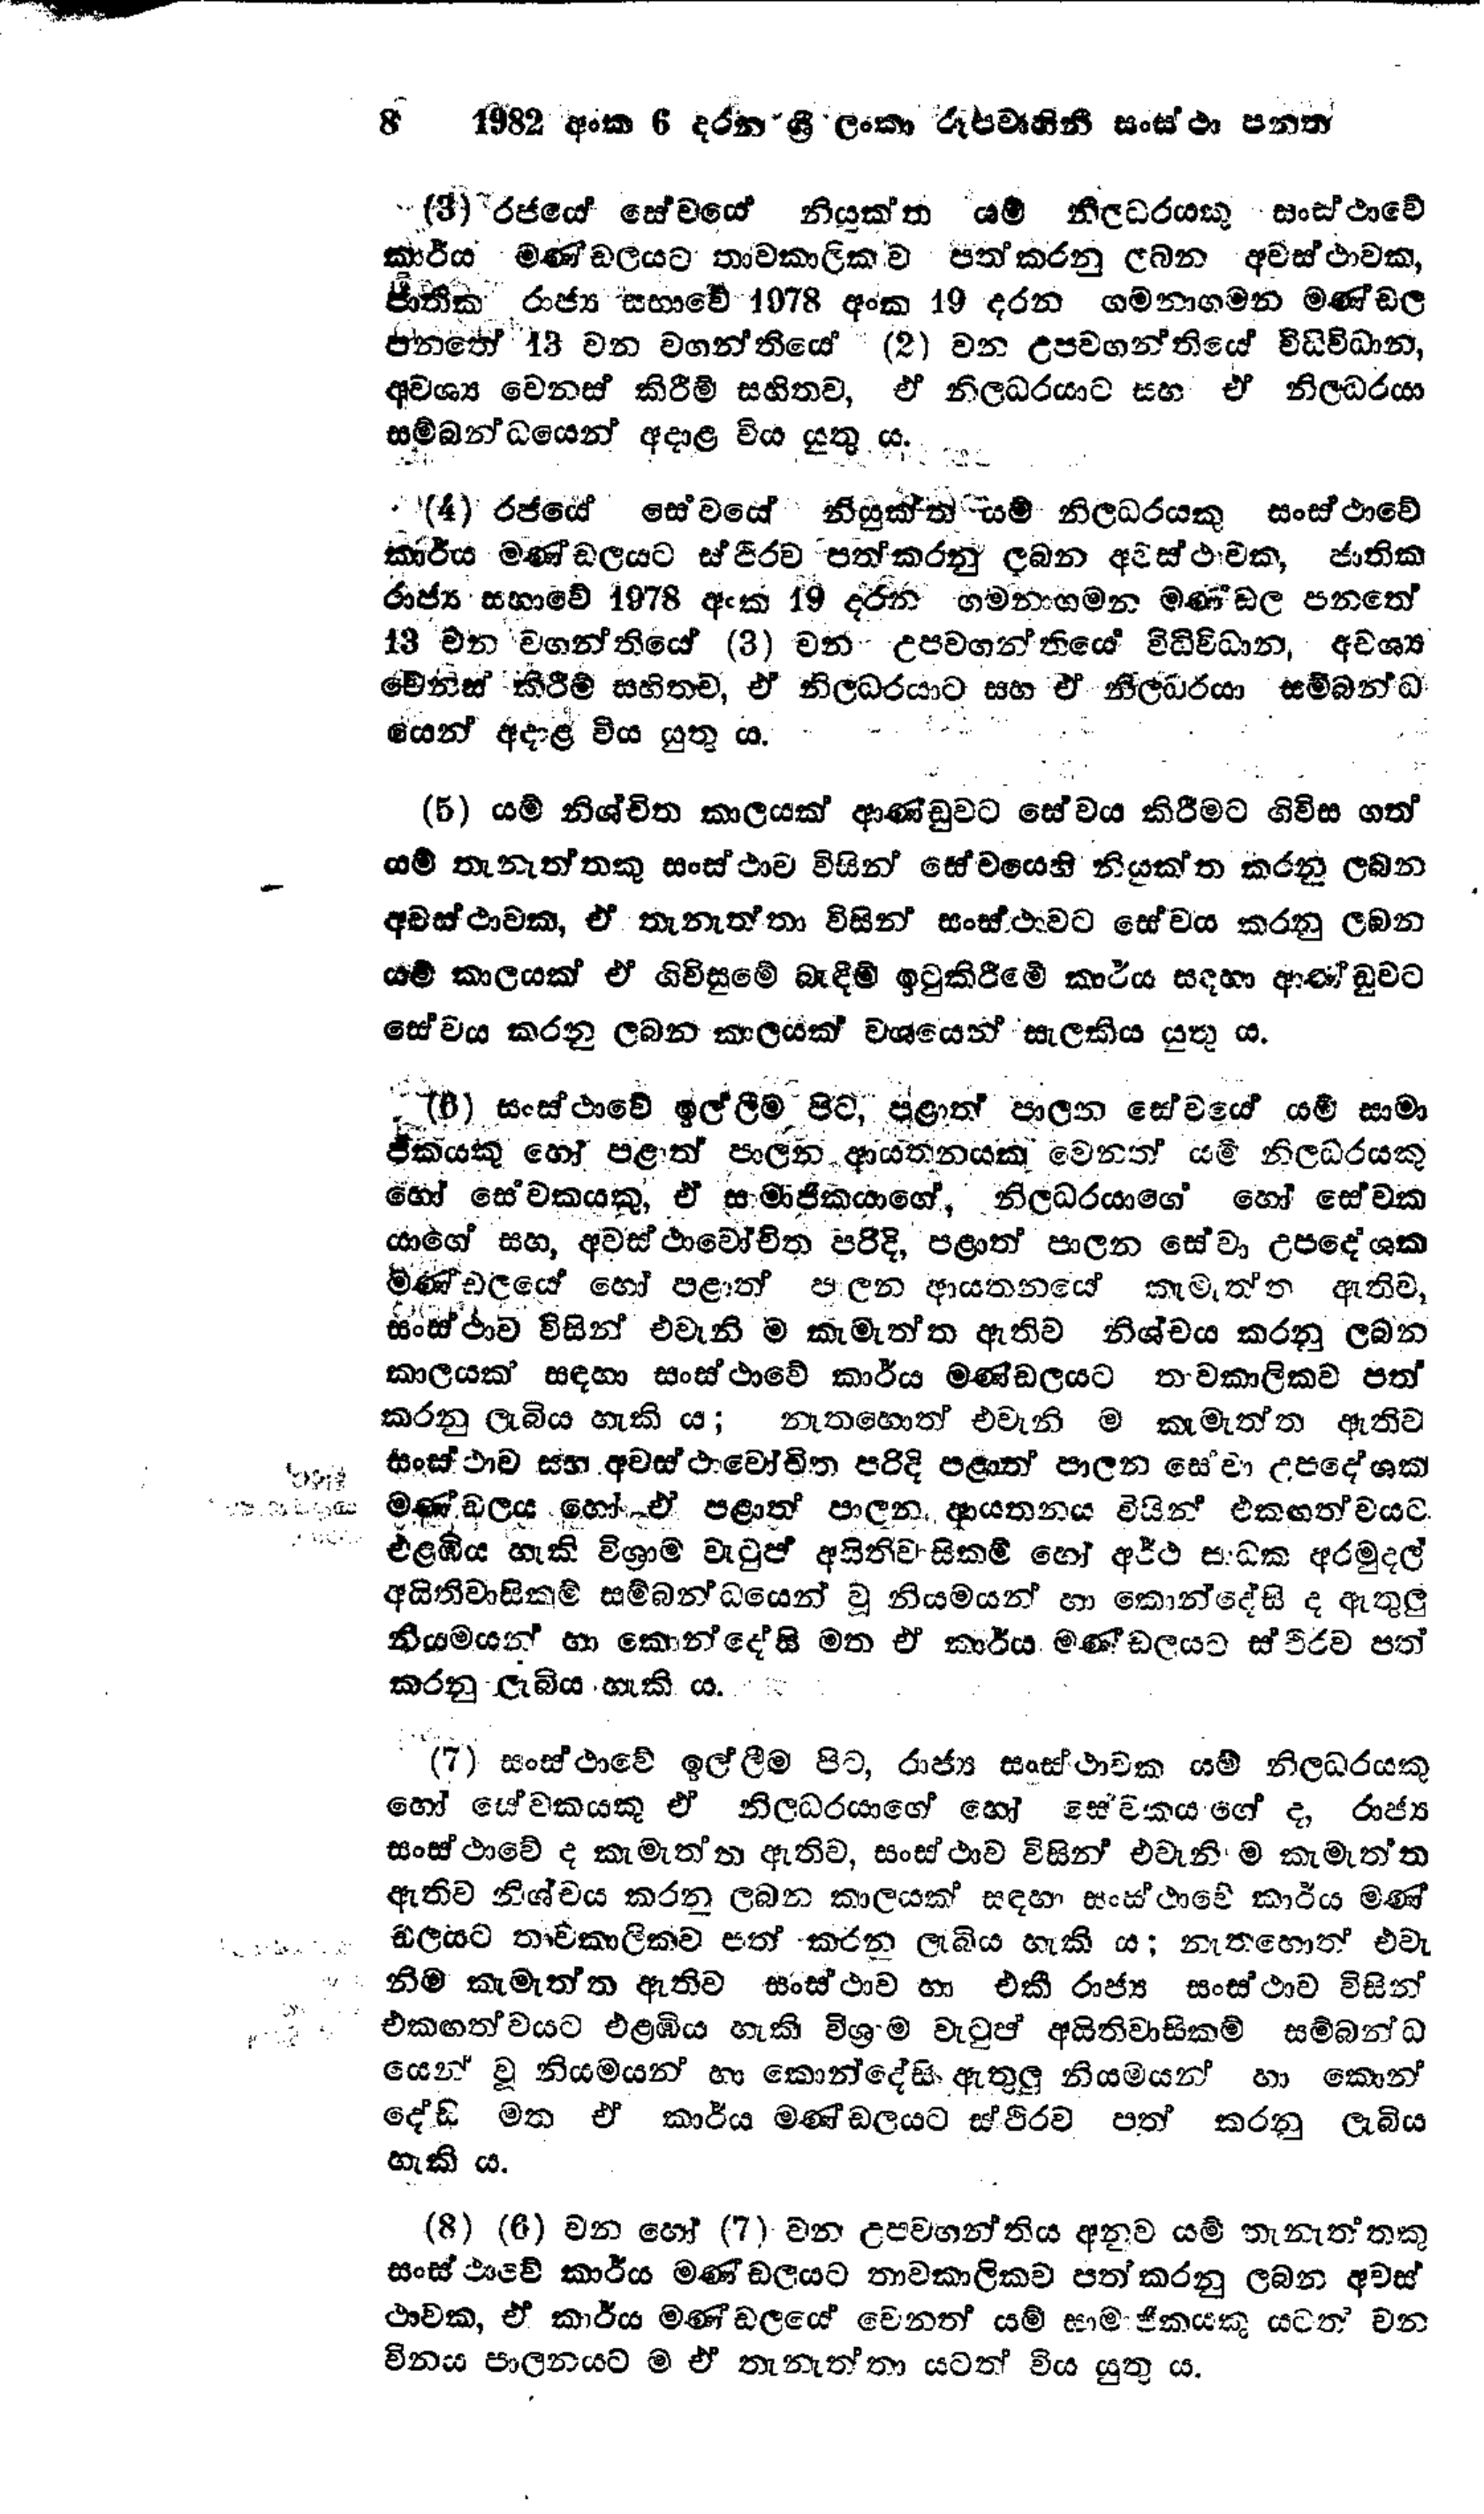
8 1982 අංක 6 දරන ශ්‍රී ලංකා රූපවාහිනී සංස්ථා පනත

(3) රජයේ සේවයේ නියුක්ත යම් නිලධරයකු සංස්ථාවේ
කාර්ය මණ්ඩලයට තාවකාලිකව පත් කරනු ලබන අවස්ථාවක,
ජාතික රාජ්‍ය සභාවේ 1978 අංක 19 දරන ගමනාගමන මණ්ඩල
පනතේ 13 වන වගන්තියේ (2) වන උපවගන්තියේ විධිවිධාන,
අවශ්‍ය වෙනස් කිරීම් සහිතව, ඒ නිලධරයාට සහ ඒ නිලධරයා
සම්බන්ධයෙන් අදාළ විය යුතු ය.

(4) රජයේ සේවයේ නියුක්ත යම් නිලධරයකු සංස්ථාවේ
කාර්ය මණ්ඩලයට ස්ථිරව පත්කරනු ලබන අවස්ථාවක, ජාතික
රාජ්‍ය සභාවේ 1978 අංක 19 දරන ගමනාගමන මණ්ඩල පනතේ
13 වන වගන්තියේ (3) වන උපවගන්තියේ විධිවිධාන, අවශ්‍ය
වෙනිස් කිරීම් සහිතව, ඒ නිලධරයාට සහ ඒ නිලධරයා සම්බන්ධ
යෙන් අදාළ විය යුතු ය.

(5) යම් නිශ්චිත කාලයක් ආණ්ඩුවට සේවය කිරීමට ගිවිස ගත්
යම් තැනැත්තකු සංස්ථාව විසින් සේවයෙහි නියුක්ත කරනු ලබන
අවස්ථාවක, ඒ තැනැත්තා විසින් සංස්ථාවට සේවය කරනු ලබන
යම් කාලයක් ඒ ගිවිසුමේ බැඳීම් ඉටුකිරීමේ කාර්ය සඳහා ආණ්ඩුවට
සේවය කරනු ලබන කාලයක් වශයෙන් සැලකිය යුතු ය.

(6) සංස්ථාවේ ඉල්ලීම පිට, පළාත් පාලන සේවයේ යම් සාමා
ජිකයකු හෝ පළාත් පාලන ආයතනයක වෙනත් යම් නිලධරයකු
හෝ සේවකයකු, ඒ සාමාජිකයාගේ, නිලධරයාගේ හෝ සේවක
යාගේ සහ, අවස්ථාවෝචිත පරිදි, පළාත් පාලන සේවා උපදේශක
මණ්ඩලයේ හෝ පළාත් පාලන ආයතනයේ කැමැත්ත ඇතිව,
සංස්ථාව විසින් එවැනි ම කැමැත්ත ඇතිව නිශ්චය කරනු ලබන
කාලයක් සඳහා සංස්ථාවේ කාර්ය මණ්ඩලයට තාවකාලිකව පත්
කරනු ලැබිය හැකි ය; නැතහොත් එවැනි ම කැමැත්ත ඇතිව
සංස්ථාව සහ අවස්ථාවෝචිත පරිදි පළාත් පාලන සේවා උපදේශක
මණ්ඩලය හෝ ඒ පළාත් පාලන ආයතනය විසින් එකඟත්වයට
එළඹිය හැකි විශ්‍රාම වැටුප් අයිතිවාසිකම් හෝ අර්ථ සාධක අරමුදල්
අයිතිවාසිකම් සම්බන්ධයෙන් වූ නියමයන් හා කොන්දේසි ද ඇතුලු
නියමයන් හා කොන්දේසි මත ඒ කාර්ය මණ්ඩලයට ස්ථිරව පත්
කරනු ලැබිය හැකි ය.

(7) සංස්ථාවේ ඉල්ලීම පිට, රාජ්‍ය සංස්ථාවක යම් නිලධරයකු
හෝ සේවකයකු ඒ නිලධරයාගේ හෝ සේවකයාගේ ද, රාජ්‍ය
සංස්ථාවේ ද කැමැත්ත ඇතිව, සංස්ථාව විසින් එවැනිම කැමැත්ත
ඇතිව නිශ්චය කරනු ලබන කාලයක් සඳහා සංස්ථාවේ කාර්ය මණ්
ඩලයට තාවකාලිකව පත් කරන ලැබිය හැකි ය; නැතහොත් එවැ
නිම කැමැත්ත ඇතිව සංස්ථාව හා එකී රාජ්‍ය සංස්ථාව විසින්
එකඟත්වයට එළඹිය හැකි විශ්‍රාම වැටුප් අයිතිවාසිකම් සම්බන්ධ
යෙන් වූ නියමයන් හා කොන්දේසි ඇතුලු නියමයන් හා කොන්
දේසි මත ඒ කාර්ය මණ්ඩලයට ස්ථිරව පත් කරනු ලැබිය
හැකි ය.

(8) (6) වන හෝ (7) වන උපවගන්තිය අනුව යම් තැනැත්තකු
සංස්ථාවේ කාර්ය මණ්ඩලයට තාවකාලිකව පත් කරනු ලබන අවස්
ථාවක, ඒ කාර්ය මණ්ඩලයේ වෙනත් යම් සාමාජිකයකු යටත් වන
විනය පාලනයට ම ඒ තැනැත්තා යටත් විය යුතු ය.